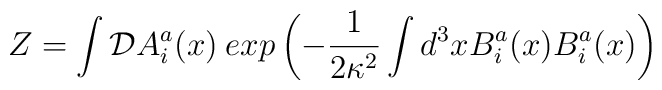
Z=\int {\cal D}A_{i}^{a}(x)\:exp\left(-\frac{1}{2\kappa^{2}}\int d^{3}x B_{i}^{a}(x) B_{i}^{a}(x)\right)